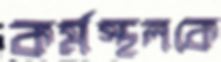
কর্মস্থলকে